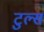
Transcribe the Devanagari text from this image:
टुल्स